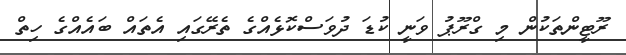
ރޫޓީންތަކުން މި ގްރޫޕު ވަނީ ކުޑަ ދުވަސްކޮޅެއްގެ ތެރޭގައި އެތައް ބައެއްގެ ހިތް